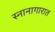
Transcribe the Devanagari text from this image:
स्नानागारात